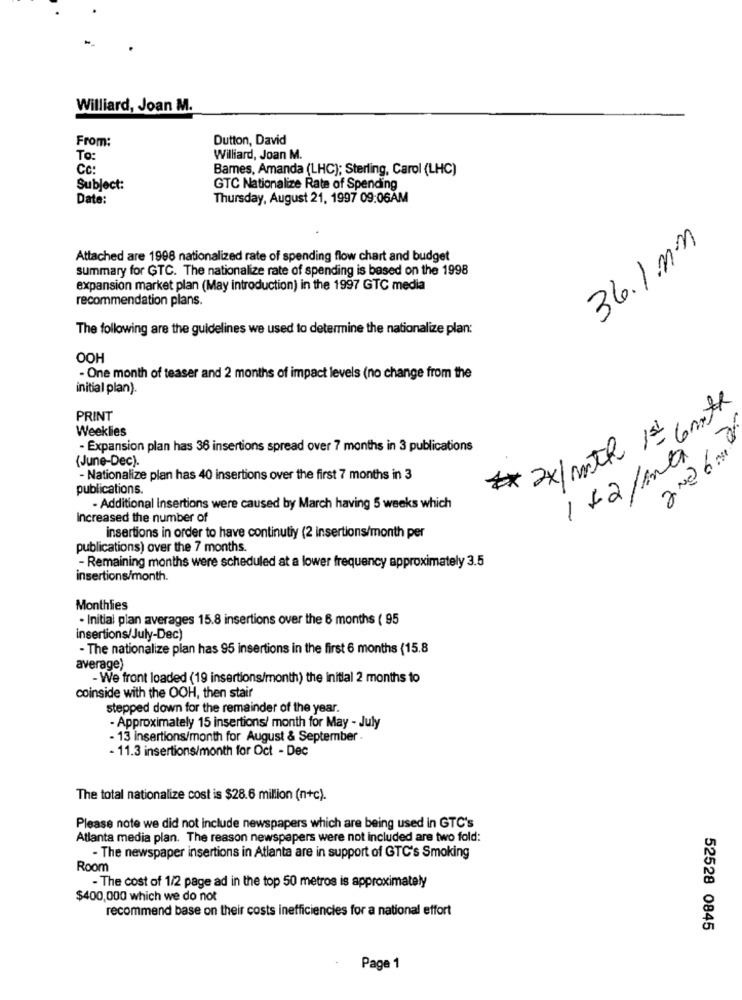
Williard, Joan M.
From:
Dutton, David
To:
Williard, Joan M.
Cc:
Barnes, Amanda (LHC); Sterling, Carol (LHC)
Subject:
GTC Nationalize Rate of Spending
Date:
Thursday, August 21, 1997 09:06AM
36.1 nn
Attached are 1998 nationalized rate of spending flow chart and budget
summary for GTC. The nationalize rate of spending is based on the 1998
expansion market plan (May introduction) in the 1997 GTC media
recommendation plans.
The following are the guidelines we used to determine the nationalize plan:
OOH
- One month of teaser and 2 months of impact levels (no change from the
initial plan).
PRINT
# 2×1 moth 1st comoth
Weeklies
2Nd 6 ml
- Expansion plan has 36 insertions spread over 7 months in 3 publications
(June-Dec).
1 +2/inta
- Nationalize plan has 40 insertions over the first 7 months in 3
publications.
- Additional Insertions were caused by March having 5 weeks which
increased the number of
insertions in order to have continutiy (2 insertions/month per
publications) over the 7 months.
- Remaining months were scheduled at a lower frequency approximately 3.5
insertions/month.
Monthlies
. Initial plan averages 15.8 insertions over the 6 months ( 95
insertions/July-Dec)
- The nationalize plan has 95 insertions in the first 6 months (15.8
average)
- We front loaded (19 insertions/month) the initial 2 months to
coinside with the OOH, then stair
stepped down for the remainder of the year.
- Approximately 15 insertions/ month for May - July
- 13 insertions/month for August & September -
- 11.3 insertions/month for Oct - Dec
The total nationalize cost is $28.6 million (n+c).
Please note we did not include newspapers which are being used in GTC's
Atlanta media plan. The reason newspapers were not included are two fold:
- The newspaper insertions in Atlanta are in support of GTC's Smoking
Room
- The cost of 1/2 page ad in the top 50 metros is approximately
$400,000 which we do not
recommend base on their costs inefficiencies for a national effort
52528 0845
Page 1